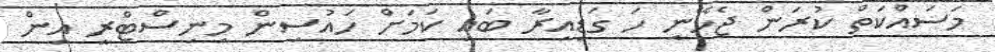
މަސައްކަތް ކުރަން ޖެހޭނީ ހަ ގަޑިއިރާ ބައި ކަމަށް ހައުސިން މިނިސްޓްރީ އިން